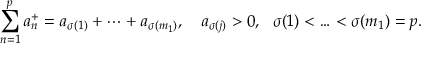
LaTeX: \sum _ { n = 1 } ^ { p } a _ { n } ^ { + } = a _ { \sigma ( 1 ) } + \cdots + a _ { \sigma ( m _ { 1 } ) } , \quad a _ { \sigma ( j ) } > 0 , \ \ \sigma ( 1 ) < \ldots < \sigma ( m _ { 1 } ) = p .